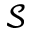
\mathcal { S }